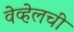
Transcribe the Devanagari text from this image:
वेव्हेलची